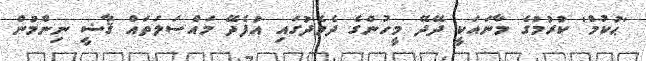
'ޙުކުމް' ކުރުމުގެ މާނައަކީ ދޭދޭ މީހުންގެ ދެމެދުގައި އުފެދޭ މައްސަލަތައް ޤާޟީ ނިންމުން